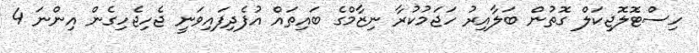
ހިސްޓޮލޮޖިކަލް ގޮތުން ބަލާއިރު ހަޖަމުކުރާ ނިޒާމްގެ ބައިތައް އުފެދިފައިވަނީ ޖެހިޖެހިގެން އިންނަ 4